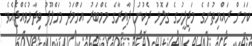
ކަމަށް ރައްޔިތުންގެ މަޖިލީހުގެ ގަލޮޅު ދެކުނު ދާއިރާގެ މެމްބަރު އަހްމަދު މަހްލޫފު ވިދާޅުވެއްޖެއެވެ.